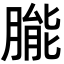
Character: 𬂌